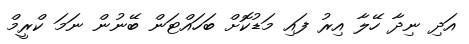
އަދި ނިދާ ހޭލާ އިރު ފައި މަޑުކޮށް ބަހައްޓަން ބޭނުން ނަމަ ކްރީމް